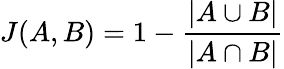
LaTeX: J(A,B)=1-\frac{|A\cup B|}{|A\cap B|}